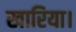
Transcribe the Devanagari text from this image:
खारिया।